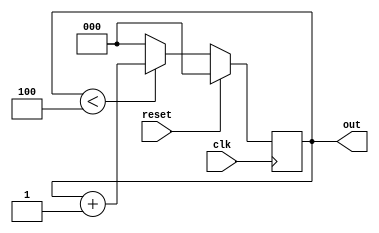
module mod5_up(out, clk, reset
    );
output [2:0] out;
input clk, reset;

reg [2:0] out;

always @(posedge clk)
if(reset)
begin 
 out<= 2'b0;
end

else if(out<4)
 begin 
 out<= out+1;
 end
 
else
 begin
 out<=2'b0;
 end

endmodule